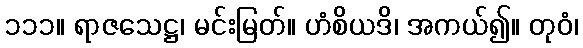
၁၁၁။ ရာဇသေဋ္ဌ၊ မင်းမြတ်။ ဟံစိယဒိ၊ အကယ်၍။ တုဝံ၊